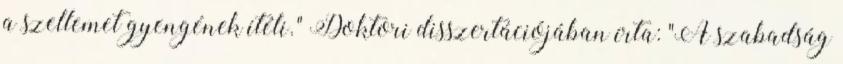
a szellemet gyengének ítéli." Doktori disszertációjában írta: "A szabadság